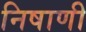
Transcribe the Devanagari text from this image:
निषाणी